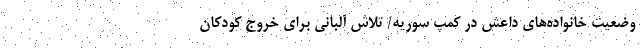
وضعیت خانواده‌های داعش در کمپ سوریه/ تلاش آلبانی برای خروج کودکان